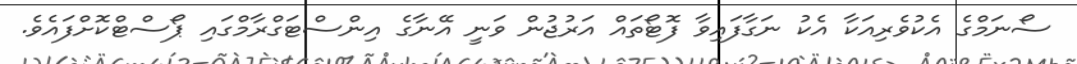
ސޯނަމްގެ އެކުވެރިއަކާ އެކު ނަގާފައިވާ ފޮޓޯތައް އަރުޖުން ވަނީ އޭނާގެ އިންސްޓަގްރާމްގައި ޕޯސްޓްކޮށްފައެވެ.